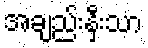
အချည်းနှီးသာ